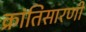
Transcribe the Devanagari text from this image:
क्रांतिसारणी